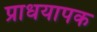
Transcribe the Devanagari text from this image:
प्राधयापक